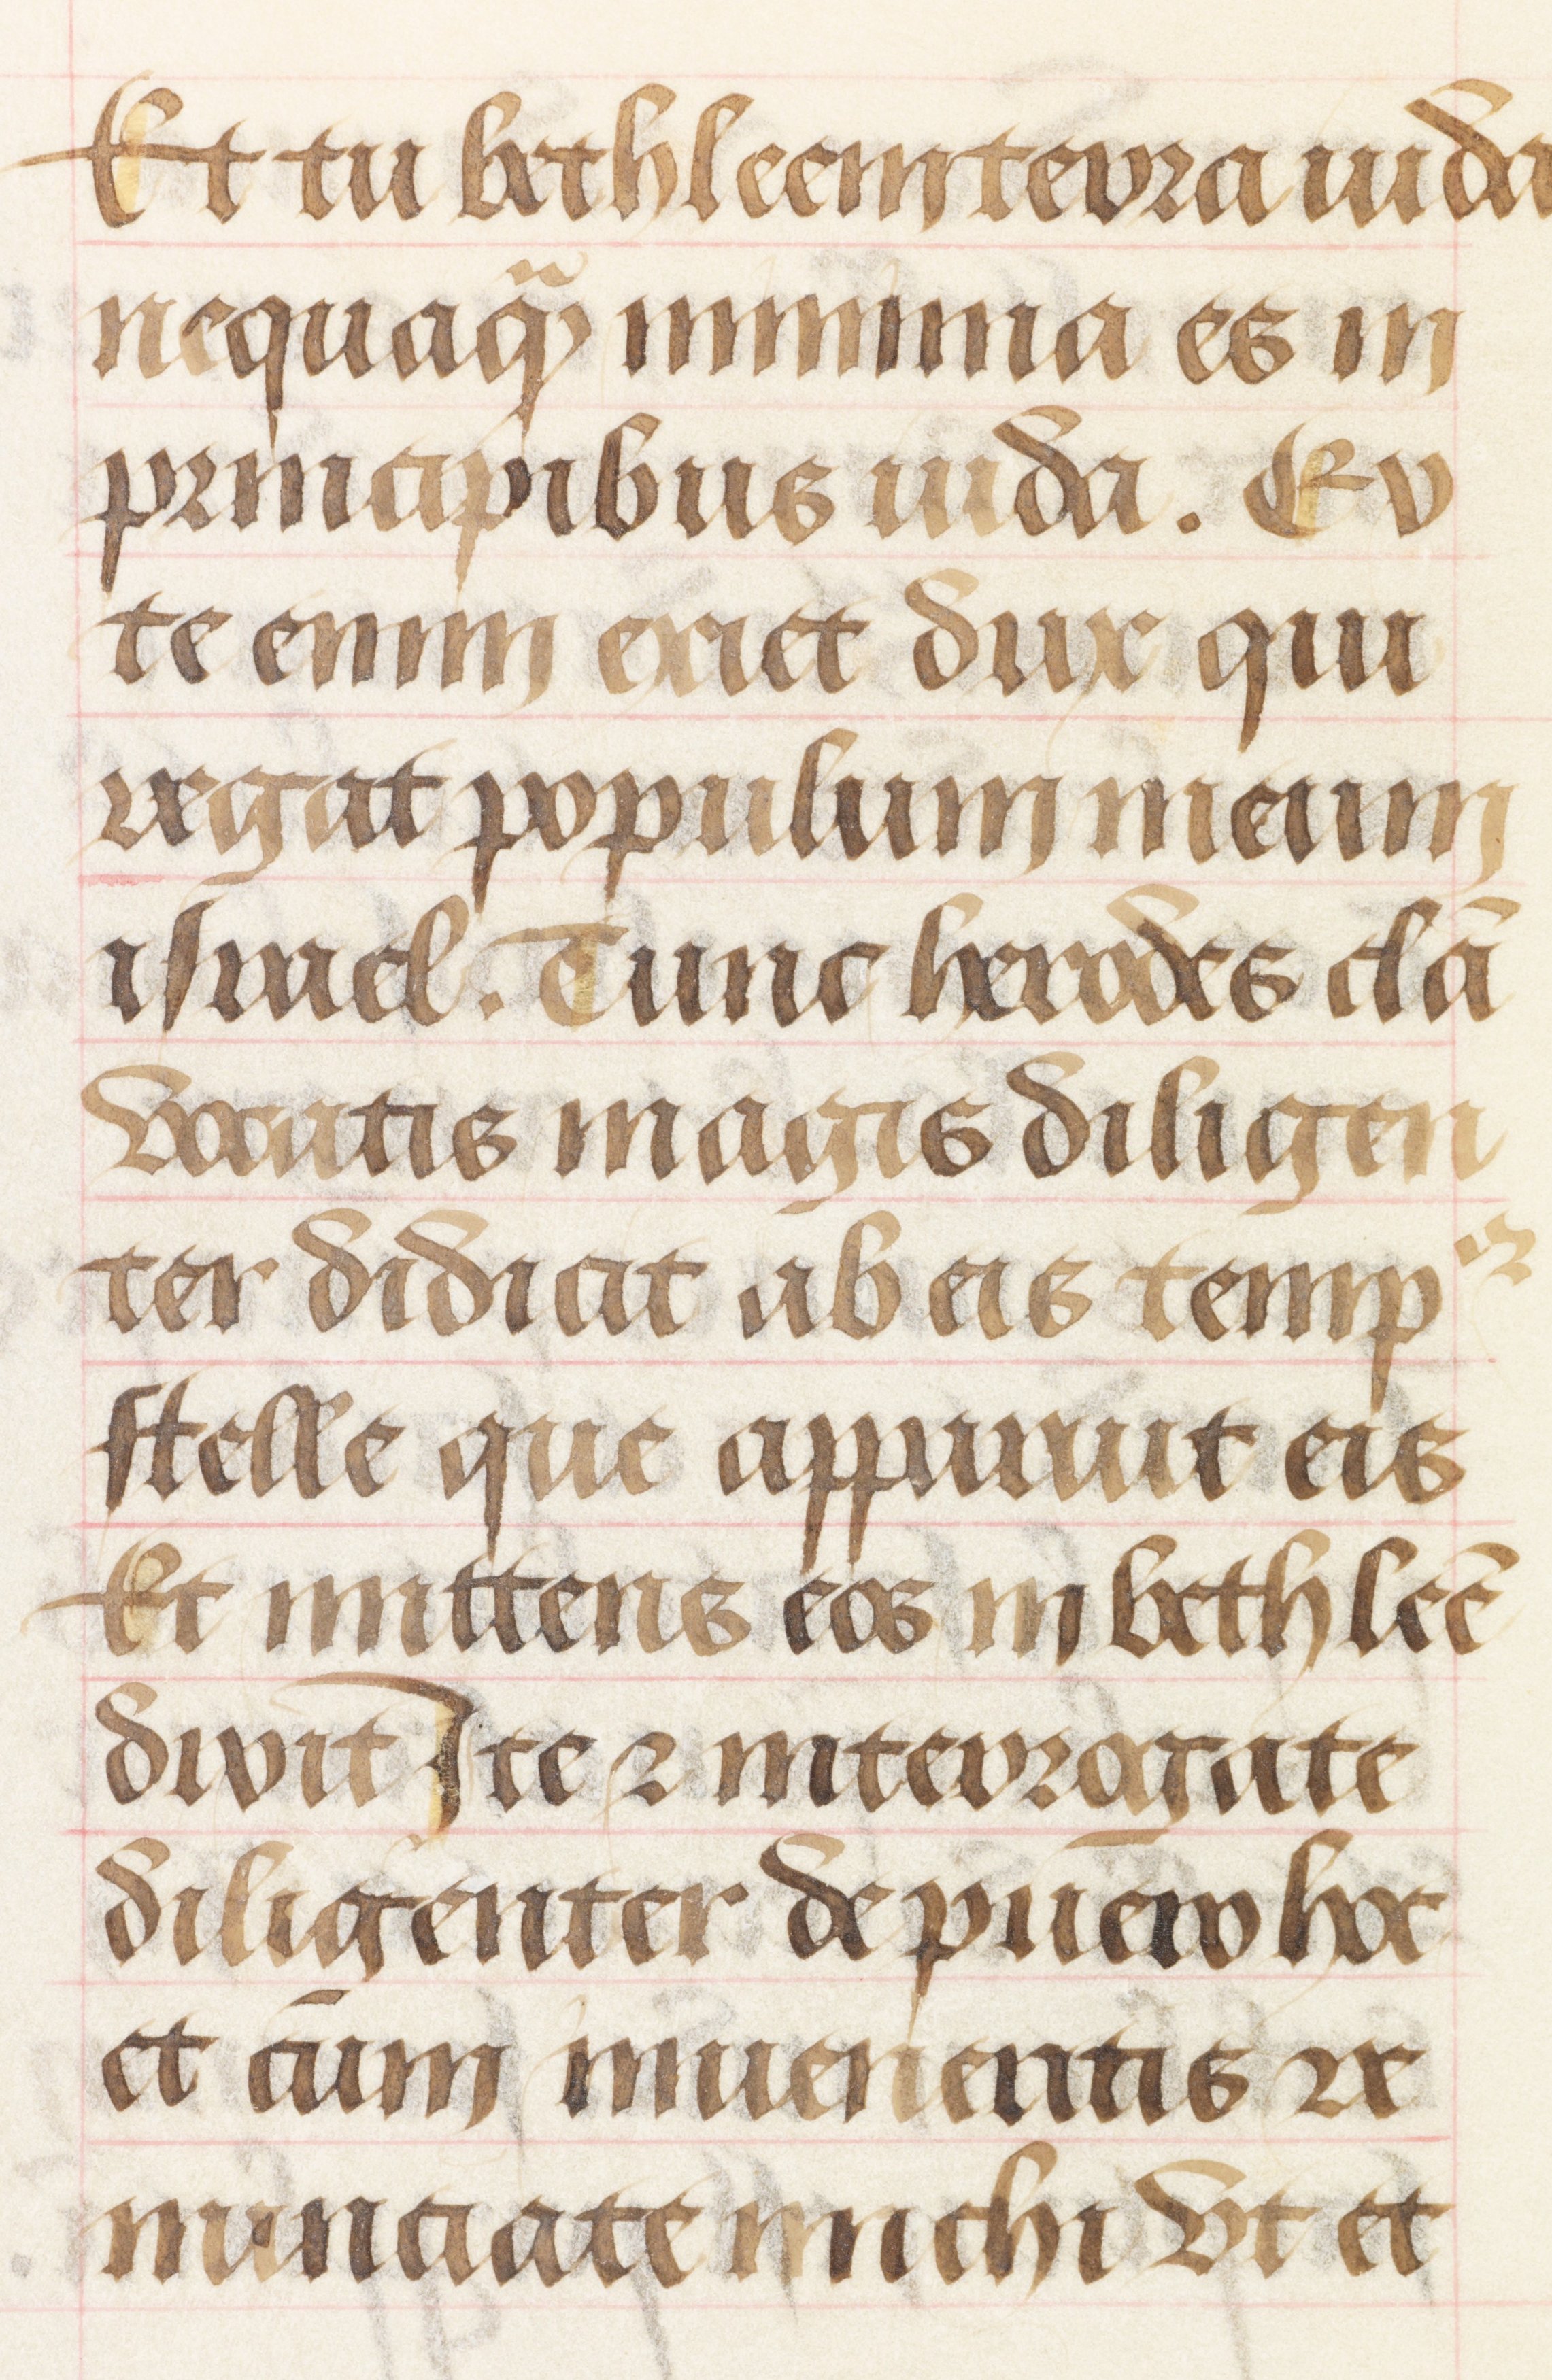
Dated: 1450–1499